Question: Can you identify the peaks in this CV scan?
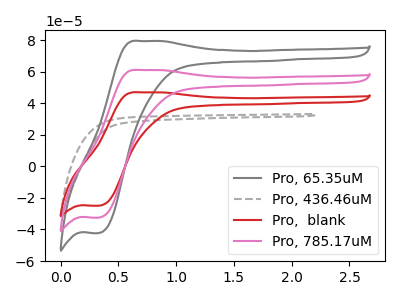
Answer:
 <answer>The gray curve "Pro, 65.35uM" has an anodic peak at (0.70V, 122.05uA) and a cathodic peak at (0.35V, -65.00uA). The gray dashed curve "Pro, 436.46uM" has no peaks. The red curve "Pro,  blank" has an anodic peak at (0.70V, 46.90uA) and a cathodic peak at (0.35V, -25.00uA). The pink curve "Pro, 785.17uM" has an anodic peak at (0.70V, 61.05uA) and a cathodic peak at (0.35V, -32.50uA).</answer>
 <eval></eval>